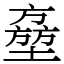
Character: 𡑔